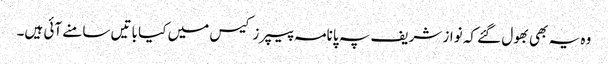
وہ یہ بھی بھول گئے کہ نواز شریف پہ پانامہ پیپرز کیس میں کیا باتیں سامنے آئی ہیں۔